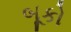
બૂકો